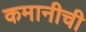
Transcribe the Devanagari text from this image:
कमानीची